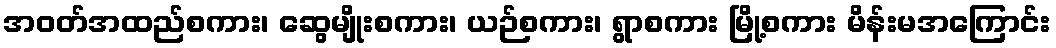
အဝတ်အထည်စကား၊ ဆွေမျိုးစကား၊ ယဉ်စကား၊ ရွာစကား မြို့စကား မိန်းမအကြောင်း